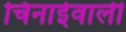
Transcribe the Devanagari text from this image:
चिनाईवाली